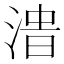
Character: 𰜔